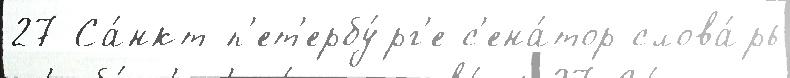
27 Са́нкт-п'ет'ербу́рг'е с'ена́тор слова́рь